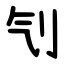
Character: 刏